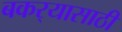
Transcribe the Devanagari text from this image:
बकर्‍यासाठी